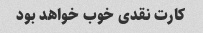
کارت نقدی خوب خواهد بود